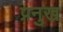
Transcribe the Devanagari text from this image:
प्रनुख